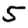
Digit: 5